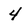
Character: 4